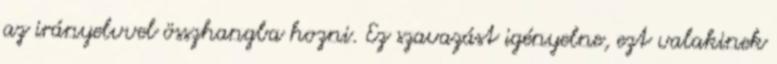
az irányelvvel összhangba hozni. Ez szavazást igényelne, ezt valakinek